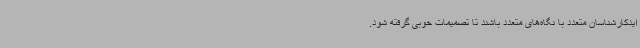
ایدکارشناسان متعدد با نگاه‌های متعدد باشند تا تصمیمات خوبی گرفته شود.